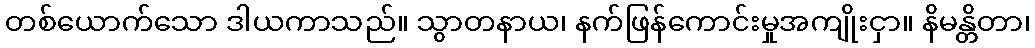
တစ်ယောက်သော ဒါယကာသည်။ သွာတနာယ၊ နက်ဖြန်ကောင်းမှုအကျိုးငှာ။ နိမန္တိတာ၊